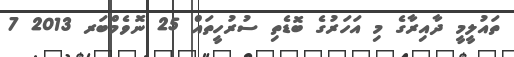
ތައުލީމީ ދާއިރާގެ މި އަހަރުގެ ބޮޑެތި ސުރުހީތައް 25 ނޮވެމްބަރ 2013 7